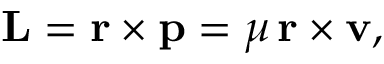
\mathbf { L } = \mathbf { r } \times \mathbf { p } = \mu \, \mathbf { r } \times \mathbf { v } ,